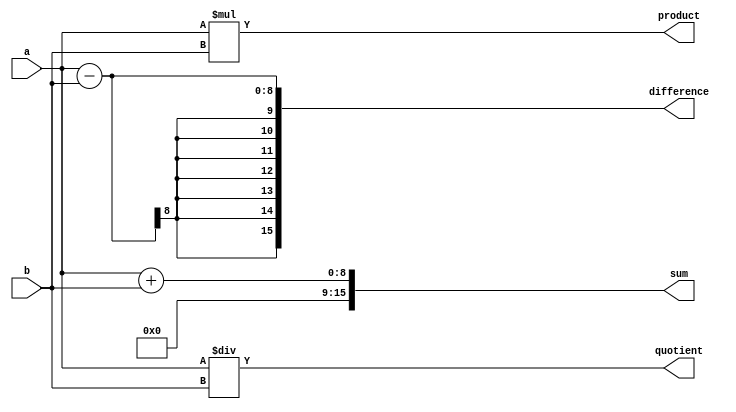
module arithmetic_operators(
    input wire [7:0] a,
    input wire [7:0] b,
    output reg [15:0] sum,
    output reg [15:0] difference,
    output reg [15:0] product,
    output reg [15:0] quotient
);

    assign sum = a + b;
    assign difference = a - b;
    assign product = a * b;
    assign quotient = a / b;

endmodule